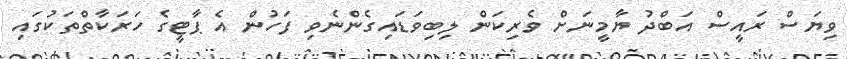
ވިޔަސް ރައީސް އަބްދު ޔާމީނަށް ވެރިކަން ލިބިވަޑައިގެންނެވި ފަހުން އެ ޕާޓީގެ ހަރަކާތްތަކުގައި